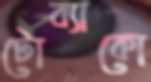
টোব্যাকো